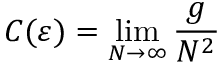
C ( \varepsilon ) = \operatorname* { l i m } _ { N \rightarrow \infty } { \frac { g } { N ^ { 2 } } }